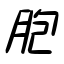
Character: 胞